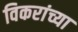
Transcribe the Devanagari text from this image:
विकरांच्या